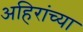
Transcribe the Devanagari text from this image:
अहिरांच्या